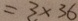
= 3 \times 3 6